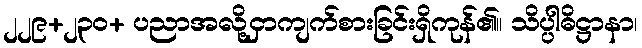
၂၂၉+၂၃၀+ ပညာအလို့ငှာကျက်စားခြင်းရှိကုန်၏။ သိပ္ပါဓိဋ္ဌာနာ၊